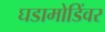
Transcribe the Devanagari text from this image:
घडामोडिंवर